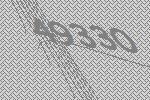
49330